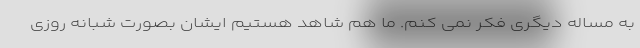
به مساله دیگری فکر نمی کنم. ما هم شاهد هستیم ایشان بصورت شبانه روزی